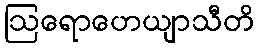
ဩရောဟေယျာသီတိ